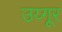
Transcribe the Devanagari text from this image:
उय्गूर